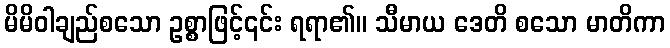
မိမိဝါချည်စသော ဥစ္စာဖြင့်၎င်း ရရာ၏။ သီမာယ ဒေတိ စသော မာတိကာ